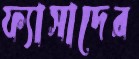
ফ্যাসাদের